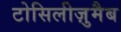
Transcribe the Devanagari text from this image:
टोसिलीज़ुमैब